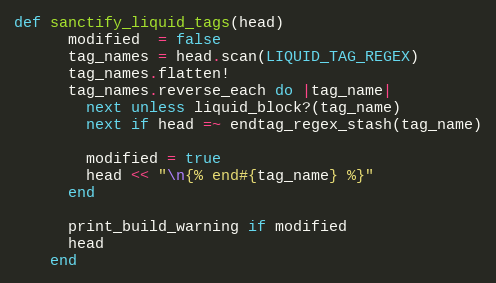
Language: Ruby
def sanctify_liquid_tags(head)
      modified  = false
      tag_names = head.scan(LIQUID_TAG_REGEX)
      tag_names.flatten!
      tag_names.reverse_each do |tag_name|
        next unless liquid_block?(tag_name)
        next if head =~ endtag_regex_stash(tag_name)

        modified = true
        head << "\n{% end#{tag_name} %}"
      end

      print_build_warning if modified
      head
    end